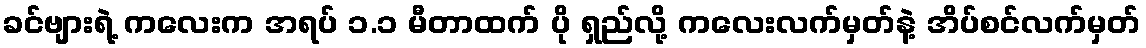
ခင်ဗျားရဲ့ ကလေးက အရပ် ၁.၁ မီတာထက် ပို ရှည်လို့ ကလေးလက်မှတ်နဲ့ အိပ်စင်လက်မှတ်